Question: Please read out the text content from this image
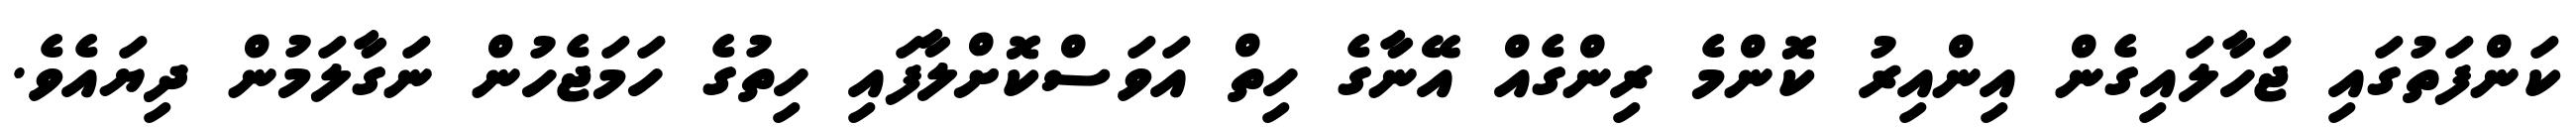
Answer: ކަންފަތުގައި ޖަހާލައިގެން އިންއިރު ކޮންމެ ރިންގެއް އޭނާގެ ހިތް އަވަސްކޮށްލާފައި ހިތުގެ ހަމަޖެހުން ނަގާލަމުން ދިޔައެވެ.